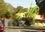
કરોમિ